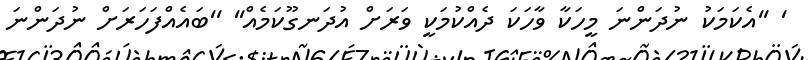
' ''އެކަމަކު ނުދަންނަ މީހަކާ ވާހަކަ ދެއްކުމަކީ ވަރަށް އުދަނގޫކަމެއް'' ''ބައެއްފަހަރަށް ނުދަންނަ